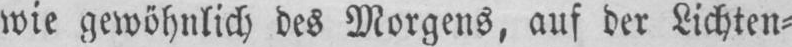
wie gewöhnlich des Morgens, auf der Lichten⸗